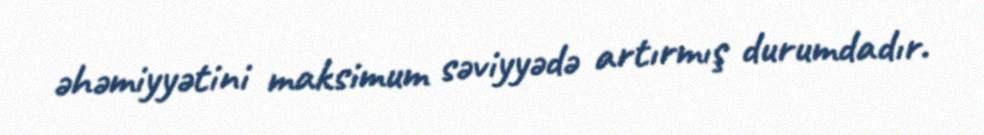
əhəmiyyətini maksimum səviyyədə artırmış durumdadır.